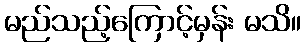
မည်သည့်ကြောင့်မှန်း မသိ။